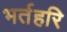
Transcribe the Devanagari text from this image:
भर्तहरि